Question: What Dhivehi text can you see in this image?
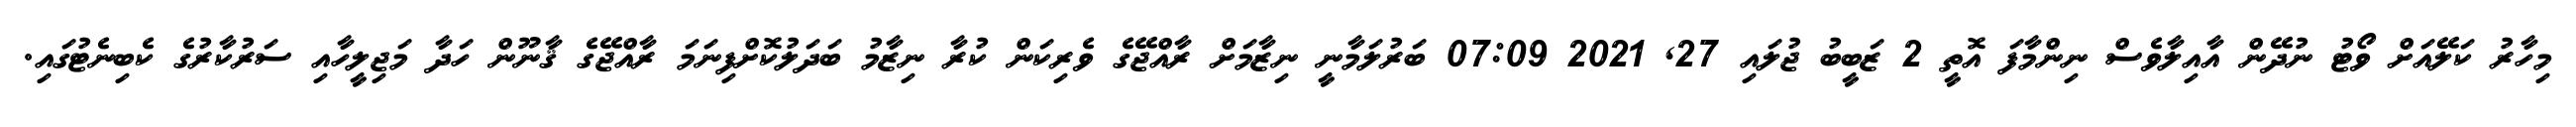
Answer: މިހާރު ކަލޭއަށް ވޯޓު ނުދޭން އާއިލާވެސް ނިންމާފަ އޮތީ 2 ޒަބީބު ޖުލައި 27, 2021 07:09 ބަރުލަމާނީ ނިޒާމަށް ރާއްޖޭގެ ވެރިކަން ކުރާ ނިޒާމު ބަދަލުކޮށްފިނަމަ ރާއްޖޭގެ ޤާނޫން ހަދާ މަޖިލީހާއި ސަރުކާރުގެ ކެބިނެޓުގައި.